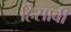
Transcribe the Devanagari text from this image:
हिसाबी